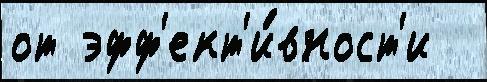
от эфф'ект'и́вност'и